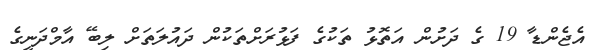
އެޖެންޑާ 19 ގެ ދަށުން އަތޮޅު ތަކުގެ ފަޅުރަށްތަކުން ދައުލަތަށް ލިބޭ އާމްދަނީގެ